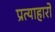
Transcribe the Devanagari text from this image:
प्रत्याहारों